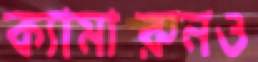
ক্যামারুনও